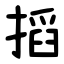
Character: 搯